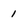
Character: 1